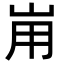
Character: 𡶤